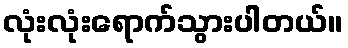
လုံးလုံးရောက်သွားပါတယ်။